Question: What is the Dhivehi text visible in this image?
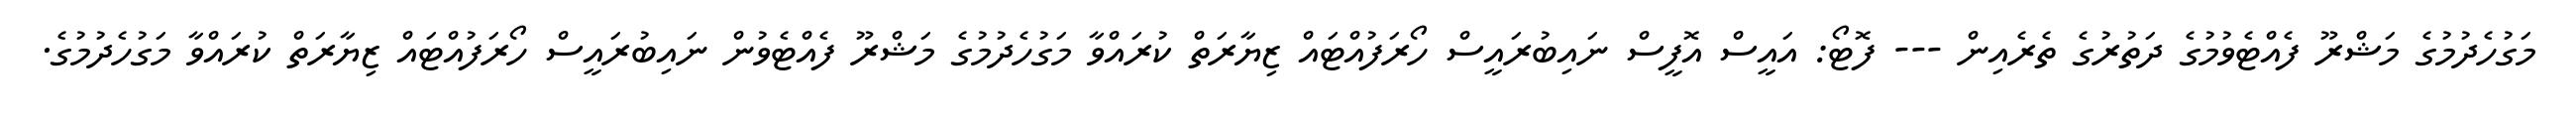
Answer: މަގުހެދުމުގެ މަޝްރޫ ފެއްޓެވުމުގެ ދަތުރުގެ ތެރެއިން --- ފޮޓޯ: އައީސް އޮފީސް ނައިބުރައީސް ހޯރަފުއްޓައް ޒިޔާރަތް ކުރައްވާ މަގުހެދުމުގެ މަޝްރޫ ފެއްޓެވުން ނައިބުރައީސް ހޯރަފުއްޓައް ޒިޔާރަތް ކުރައްވާ މަގުހެދުމުގެ.